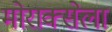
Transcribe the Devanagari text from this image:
मोराक्सेला